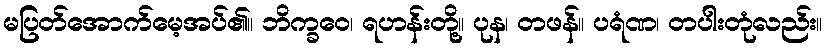
မပြတ်အောက်မေ့အပ်၏။ ဘိက္ခဝေ၊ ရဟန်းတို့။ ပုန၊ တဖန်။ ပရံဏ၊ တပါးတုံလည်း။